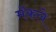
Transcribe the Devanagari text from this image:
मॅकले